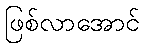
ဖြစ်လာအောင်